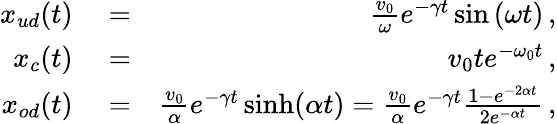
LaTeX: \begin{array}{rlr}{x_{ud}(t)}&{{}=}&{\frac{v_{0}}{\omega}e^{-\gamma t}\sin\left(\omega t\right)\, ,}\\ {x_{c}(t)}&{{}=}&{v_{0}te^{-\omega_{0}t}\, ,}\\ {x_{od}(t)}&{{}=}&{\frac{v_{0}}{\alpha}e^{-\gamma t}\sinh(\alpha t)=\frac{v_{0}}{\alpha}e^{-\gamma t}\frac{1-e^{-2\alpha t}}{2e^{-\alpha t}}\, ,}\end{array}